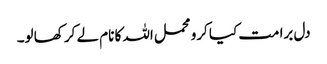
دل برا مت کیا کرو محمل اللہ کا نام لے کر کھا لو۔